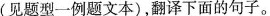
(见题型一例题文本)，翻译下面的句子。